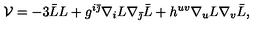
{ \cal V } = - 3 \bar { L } L + g ^ { i \bar { \jmath } } \nabla _ { i } L \nabla _ { \bar { \jmath } } \bar { L } + h ^ { u v } \nabla _ { u } L \nabla _ { v } \bar { L } ,